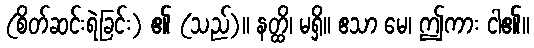
(စိတ်ဆင်းရဲခြင်း) ၏ (သည်)။ နတ္ထိ၊ မရှိ။ ဧသာ မေ၊ ဤကား ငါ၏။